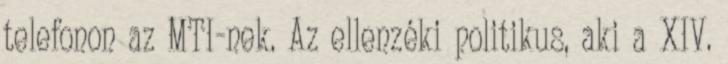
telefonon az MTI-nek. Az ellenzéki politikus, aki a XIV.